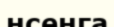
нсенга